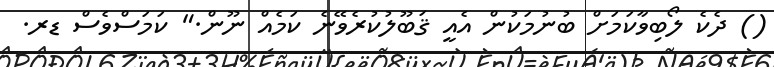
() ދެކެ ލޯބިވާކަމަށް ބުނުމަކުން އެއީ ޤަބޫލުކުރެވޭނެ ކަމެއް ނޫން." ކަމަސްވެސް ޑރ.